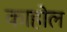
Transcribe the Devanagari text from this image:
काहोल